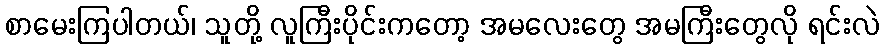
စာမေးကြပါတယ်၊ သူတို့ လူကြီးပိုင်းကတော့ အမလေးတွေ အမကြီးတွေလို ရင်းလဲ